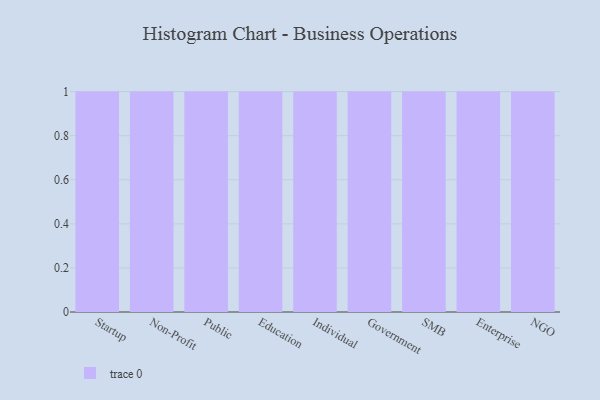
{"axis": {"x": "Segment", "y": "Churn Rate (%)"}, "legend": [""], "data": [{"x": "Startup", "y": 10, "type": ""}, {"x": "Non-Profit", "y": 33, "type": ""}, {"x": "Public", "y": 38, "type": ""}, {"x": "Education", "y": 77, "type": ""}, {"x": "Individual", "y": 71, "type": ""}, {"x": "Government", "y": 20, "type": ""}, {"x": "SMB", "y": 84, "type": ""}, {"x": "Enterprise", "y": 29, "type": ""}, {"x": "NGO", "y": 89, "type": ""}]}